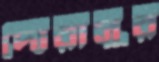
দোরাসুর